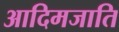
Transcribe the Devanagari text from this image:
आदिमजाति